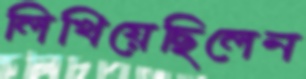
লিখিয়েছিলেন